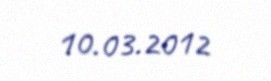
10.03.2012